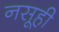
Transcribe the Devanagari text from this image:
नसूही